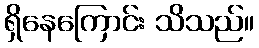
ရှိနေကြောင်း သိသည်။